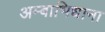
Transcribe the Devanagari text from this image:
अम्बाभिधाना